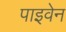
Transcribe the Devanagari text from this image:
पाइवेन